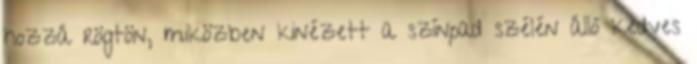
hozzá rögtön, miközben kinézett a színpad szélén álló kedves